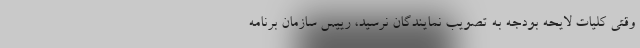
وقتی کلیات لایحه بودجه به تصویب نمایندگان نرسید، رییس سازمان برنامه